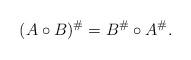
LaTeX: \begin{align*}(A \circ B)^{\#} = B^{\#} \circ A^{\#}.\end{align*}